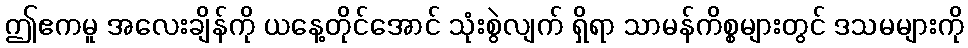
ဤဧကမူ အလေးချိန်ကို ယနေ့တိုင်အောင် သုံးစွဲလျက် ရှိရာ သာမန်ကိစ္စများတွင် ဒသမများကို